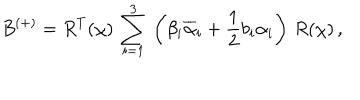
B ^ { ( + ) } = R ^ { T } ( \chi ) \, \sum _ { i = 1 } ^ { 3 } \, \left( \beta _ { i } \overline { { { \alpha } } } _ { i } + \frac { 1 } { 2 } b _ { i } \alpha _ { i } \right) \, R ( \chi ) \, ,